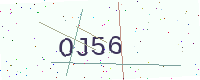
Text: OJ56